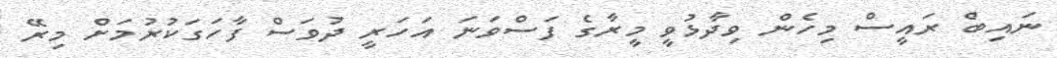
ނައިބް ރައީސް މިހެން ވިދާޅުވީ މީރާގެ ފަސްވަނަ އަހަރީ ދުވަސް ފާހަަގަކުރުމަށް މިރޭ